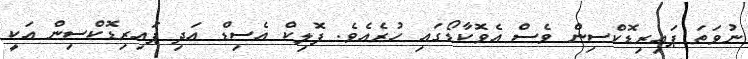
ނުވަތަ ޕައިރިޑޮކްސިން ވެސް އެވޮކާޑޯގައި ހުރެއެވެ. ފޮލިކް އެސިޑް އަދި ޕައިރިޑޮކްސިން އަކީ